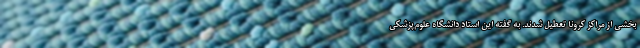
بخشی از مراکز کرونا تعطیل شدند. به گفته این استاد دانشگاه علوم‌پزشکی